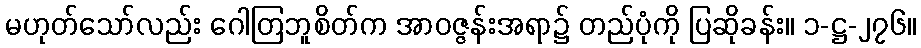
မဟုတ်သော်လည်း ဂေါတြဘူစိတ်က အာဝဇ္ဇန်းအရာ၌ တည်ပုံကို ပြဆိုခန်း။ ၁-ဋ္ဌ-၂၇၆။